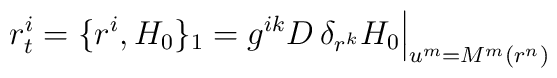
r^i_{t} = \{r^i, H_0\}_1 =  g^{ik} D \, \delta_{r^k}H_0\Big|_{u^m=M^m(r^n)}